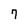
Character: 7